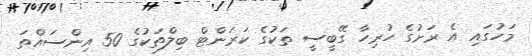
މަހުގައި އެ ރަށުގެ ހުރިހާ ގޭބީސީ ތަކުގެ ކަރަންޓް ބިލްތަކުގެ 50 އިންސައްތަ